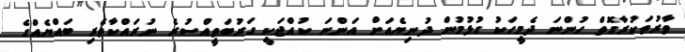
ވާރުތަކުރާގޮތް ހުންނަ ދެމީހަކު ގުޅުމުން ދުނިޔެއަށް އަންނަ ކުއްޖަކީ ގަރުބަތީއްސުރެ ނުރައްކާތެރި ބައްޔެއްގެ